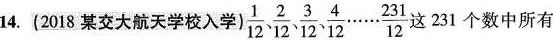
14.(2018某交大航天学校入学)\frac{1}{12}、\frac{2}{12}、\frac{3}{12}、\frac{4}{12}……\frac{231}{12} 这231个数中所有